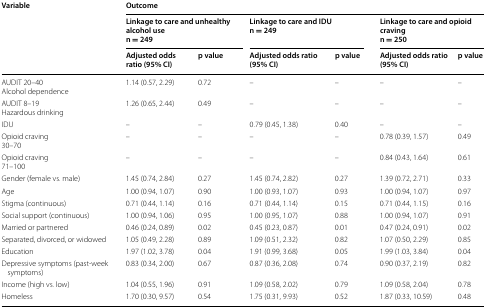
<table><thead><tr><td rowspan="3"><b>Variable</b></td><td colspan="6"><b>Outcome</b></td></tr><tr><td colspan="2"><b>Linkage to care and unhealthy alcohol usen = 249</b></td><td colspan="2"><b>Linkage to care and IDUn = 249</b></td><td colspan="2"><b>Linkage to care and opioid cravingn = 250</b></td></tr><tr><td><b>Adjusted odds ratio (95% CI)</b></td><td><b>p value</b></td><td><b>Adjusted odds ratio (95% CI)</b></td><td><b>p value</b></td><td><b>Adjusted odds ratio (95% CI)</b></td><td><b>p value</b></td></tr></thead><tbody><tr><td>AUDIT 20–40Alcohol dependence</td><td>1.14 (0.57, 2.29)</td><td>0.72</td><td>–</td><td>–</td><td>–</td><td>–</td></tr><tr><td>AUDIT 8–19Hazardous drinking</td><td>1.26 (0.65, 2.44)</td><td>0.49</td><td>–</td><td>–</td><td>–</td><td>–</td></tr><tr><td>IDU</td><td>–</td><td>–</td><td>0.79 (0.45, 1.38)</td><td>0.40</td><td>–</td><td>–</td></tr><tr><td>Opioid craving30–70</td><td>–</td><td>–</td><td>–</td><td>–</td><td>0.78 (0.39, 1.57)</td><td>0.49</td></tr><tr><td>Opioid craving71–100</td><td>–</td><td>–</td><td>–</td><td>–</td><td>0.84 (0.43, 1.64)</td><td>0.61</td></tr><tr><td>Gender (female vs. male)</td><td>1.45 (0.74, 2.84)</td><td>0.27</td><td>1.45 (0.74, 2.82)</td><td>0.27</td><td>1.39 (0.72, 2.71)</td><td>0.33</td></tr><tr><td>Age</td><td>1.00 (0.94, 1.07)</td><td>0.90</td><td>1.00 (0.93, 1.07)</td><td>0.93</td><td>1.00 (0.94, 1.07)</td><td>0.97</td></tr><tr><td>Stigma (continuous)</td><td>0.71 (0.44, 1.14)</td><td>0.16</td><td>0.71 (0.44, 1.14)</td><td>0.15</td><td>0.71 (0.44, 1.15)</td><td>0.16</td></tr><tr><td>Social support (continuous)</td><td>1.00 (0.94, 1.06)</td><td>0.95</td><td>1.00 (0.95, 1.07)</td><td>0.88</td><td>1.00 (0.94, 1.07)</td><td>0.91</td></tr><tr><td>Married or partnered</td><td>0.46 (0.24, 0.89)</td><td>0.02</td><td>0.45 (0.23, 0.87)</td><td>0.01</td><td>0.47 (0.24, 0.91)</td><td>0.02</td></tr><tr><td>Separated, divorced, or widowed</td><td>1.05 (0.49, 2.28)</td><td>0.89</td><td>1.09 (0.51, 2.32)</td><td>0.82</td><td>1.07 (0.50, 2.29)</td><td>0.85</td></tr><tr><td>Education</td><td>1.97 (1.02, 3.78)</td><td>0.04</td><td>1.91 (0.99, 3.68)</td><td>0.05</td><td>1.99 (1.03, 3.84)</td><td>0.04</td></tr><tr><td>Depressive symptoms (past-week symptoms)</td><td>0.83 (0.34, 2.00)</td><td>0.67</td><td>0.87 (0.36, 2.08)</td><td>0.74</td><td>0.90 (0.37, 2.19)</td><td>0.82</td></tr><tr><td>Income (high vs. low)</td><td>1.04 (0.55, 1.96)</td><td>0.91</td><td>1.09 (0.58, 2.02)</td><td>0.79</td><td>1.09 (0.58, 2.04)</td><td>0.78</td></tr><tr><td>Homeless</td><td>1.70 (0.30, 9.57)</td><td>0.54</td><td>1.75 (0.31, 9.93)</td><td>0.52</td><td>1.87 (0.33, 10.59)</td><td>0.48</td></tr></tbody></table>